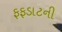
ફફડાટની